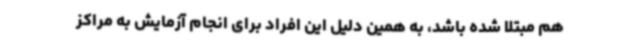
هم مبتلا شده باشد، به همین دلیل این افراد برای انجام آزمایش به مراکز